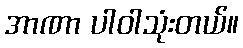
အာဏာ ပါဝါသုံးတယ်။